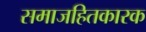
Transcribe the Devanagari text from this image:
समाजहितकारक